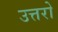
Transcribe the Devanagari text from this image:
उत्तरो